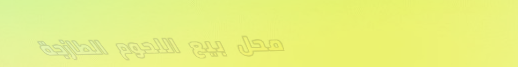
محل بيع اللحوم الطازجة